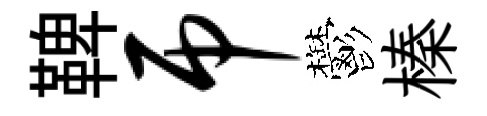
鞞吊鬱榛